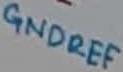
Text: GNDREF